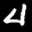
Label: 4